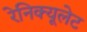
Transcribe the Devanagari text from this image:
रेनिक्यूलेट